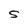
Character: S